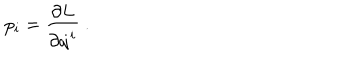
LaTeX: p _ { i } = \frac { \partial L } { \partial \dot { q } ^ { i } } \ .